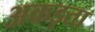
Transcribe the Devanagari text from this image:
अकड़ता